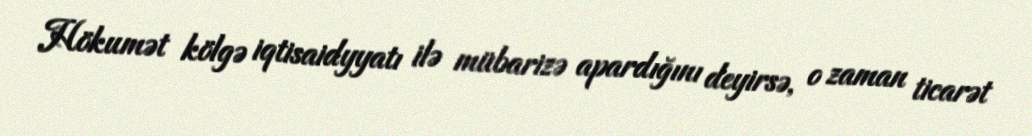
Hökumət kölgə iqtisaidyyatı ilə mübarizə apardığını deyirsə, o zaman ticarət